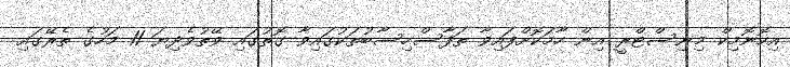
އިކޮނޮމިކް މިނިސްޓްރީ އިން ހާމަކޮށްފައިވާ ތަފާސްހިސާބުތަކުގައިވާ ގޮތުގައި ވޭތުވެދިޔަ 11 މަހުގެ ތެރޭގައި